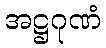
အဋ္ဌဂုဏံ